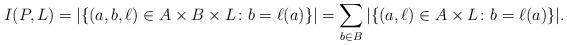
LaTeX: \begin{align*}I(P,L) = |\{(a,b,\ell)\in A\times B\times L\colon b=\ell(a)\}| = \sum_{b\in B}|\{(a,\ell)\in A\times L\colon b=\ell(a)\}|.\end{align*}